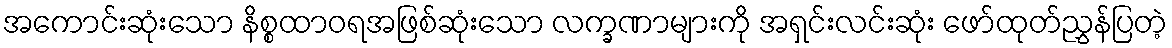
အကောင်းဆုံးသော နိစ္စထာဝရအဖြစ်ဆုံးသော လက္ခဏာများကို အရှင်းလင်းဆုံး ဖော်ထုတ်ညွှန်ပြတဲ့